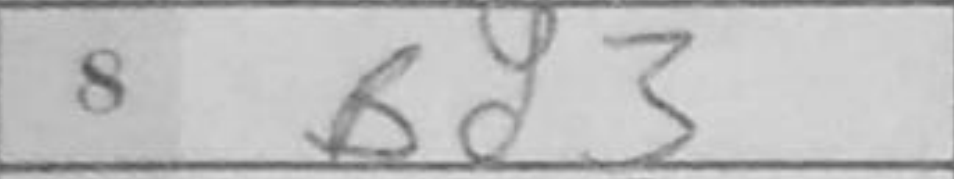
Transcription: Bd3